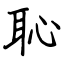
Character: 恥